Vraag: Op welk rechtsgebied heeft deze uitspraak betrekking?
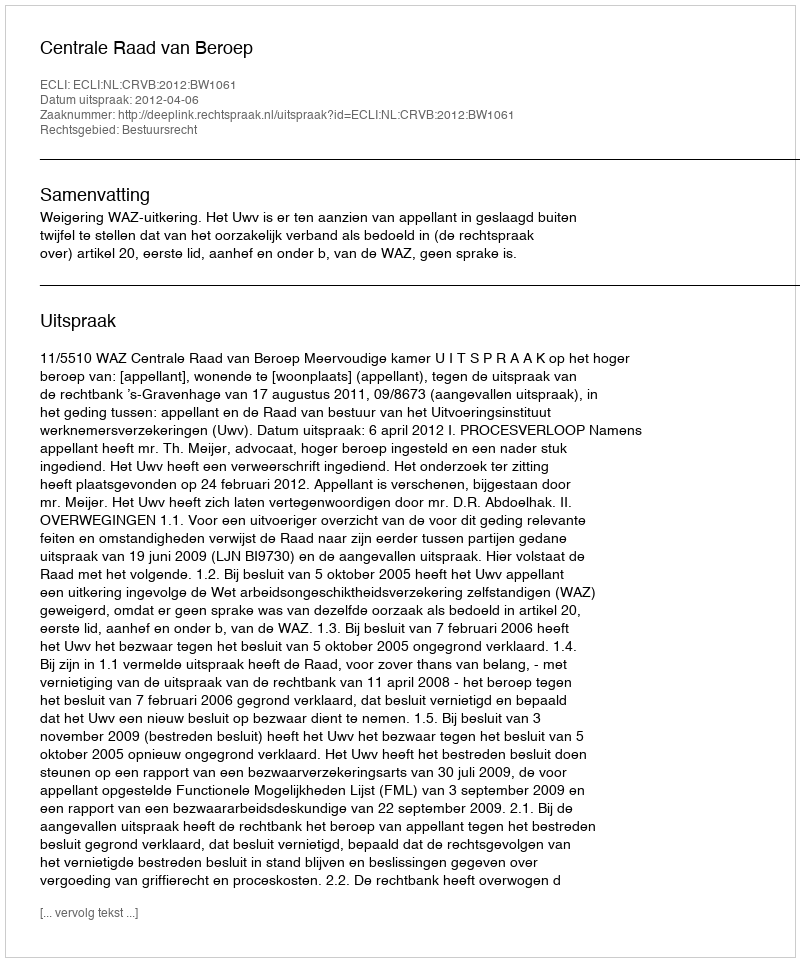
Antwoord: Bestuursrecht